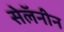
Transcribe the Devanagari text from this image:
सेलॅनीन